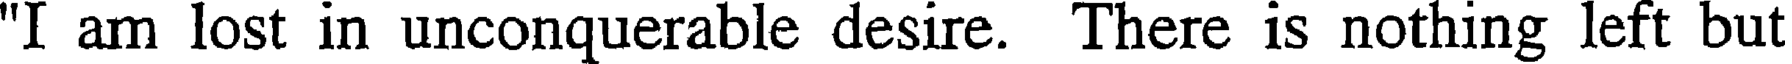
"I am lost in unconquerable desire. There is nothing left but